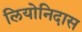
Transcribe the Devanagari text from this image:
लियोनिदास